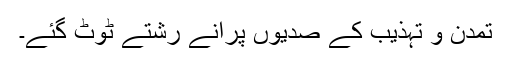
تمدن و تہذیب کے صدیوں پرانے رشتے ٹوٹ گئے۔